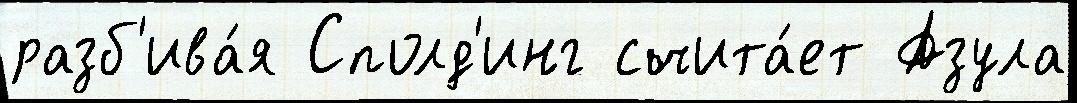
разб'ива́я Сполд'инг счита́ет Азула